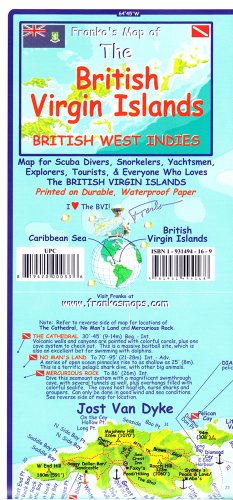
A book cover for British Virgin Islands by Franko; Franko's Maps; Travel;